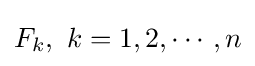
F_{k},~k=1,2,\cdots ,n